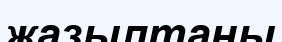
жазылтаны